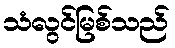
သံလွင်မြစ်သည်